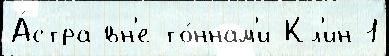
А́стра вн'е то́ннам'и Кл'ин-1